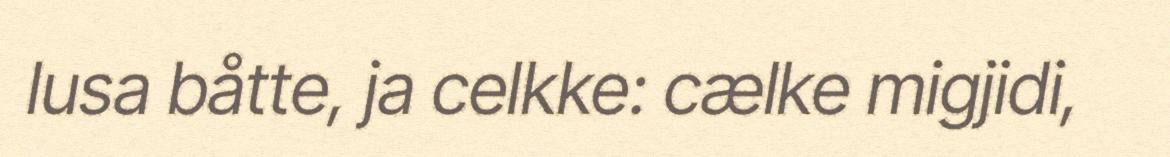
lusa båtte, ja celkke: cælke migjidi,